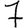
Digit: 7